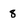
Character: 8